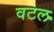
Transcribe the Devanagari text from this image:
वटल